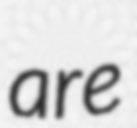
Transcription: are